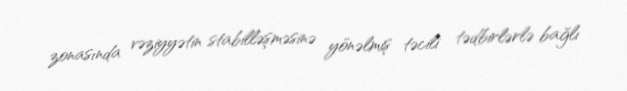
zonasında vəziyyətin stabilləşməsinə yönəlmiş təcili tədbirlərlə bağlı